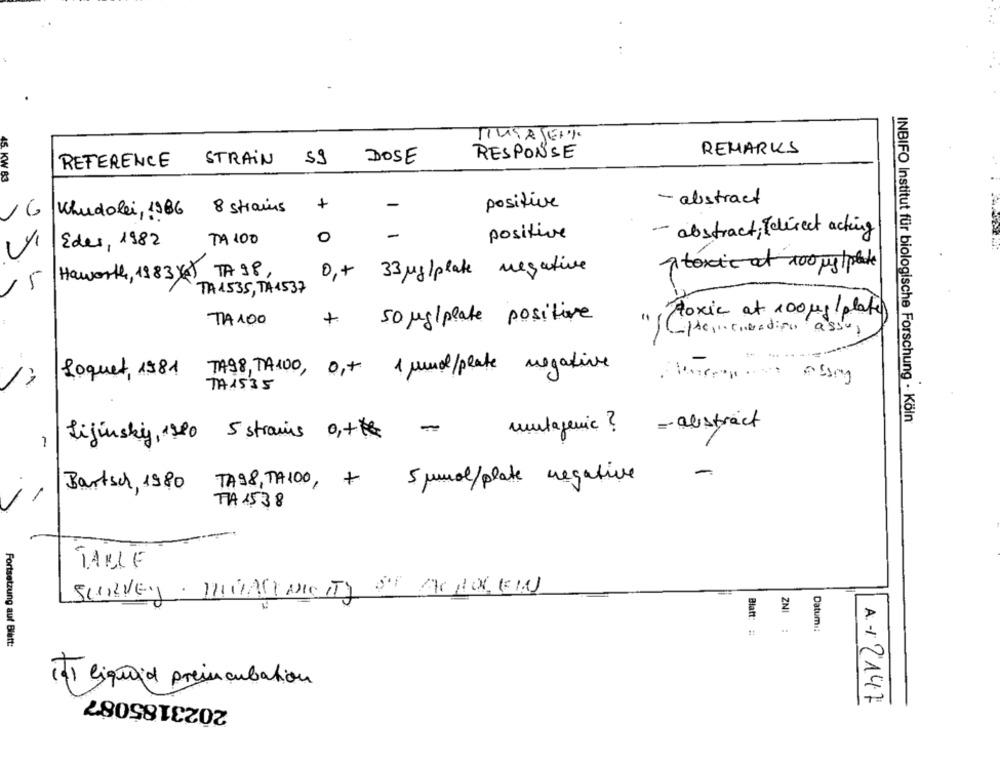
TIUSA JEAK
REMARKS
59
DOSE
RESPONSE
REFERENCE
STRAIN
45 KW 83
+
-
positive
- abstract
16
Whudolei,1986
8 strains
0
-
positive
abstract; [direct acting
Edes, 1982
TA 100
Atoxic at 100 mg/plate
TA 98
0,+
33 Mg/plate negative
Haworth, 1983y4)
5
TA1535, TA4537
toxic at 100 mg/plate
TA 100
+
50 mg/plate positive
0,+ 1 mmol/plate negative
Loquet, 1981
TA98, TA100,
TA1535
INBIFO Institut für biologische Forschung · Köln
mutagenic ? - abstract
fijinskiy, 1220 5 strams 0,+ -
£
-
-
TA98, TH100, + 5 mmol/plate negative
Bartsch, 1980
-
TA 1538
TABLE
SURVEY. INDAGINICITY OF ACHOLEIN
ZNI
Blatt:
Datumı:
Fortsetzung auf Blatt:
1) eiquo;d preincubation
2023185087
A. - / 2147